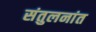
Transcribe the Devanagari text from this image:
संतुलनांत